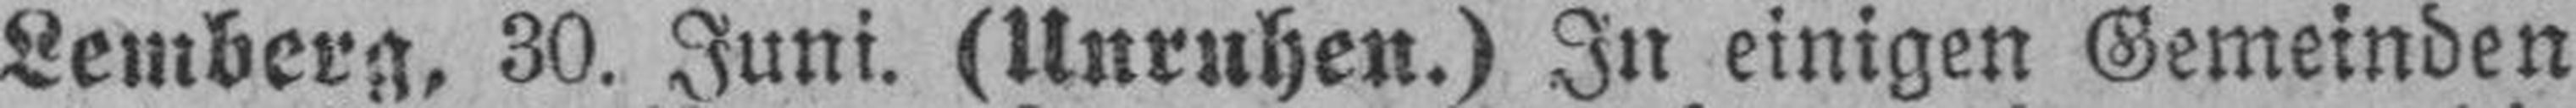
Lemberg, 30. Juni. (Unruhen.) In einigen Gemeinden